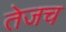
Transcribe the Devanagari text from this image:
तेजच